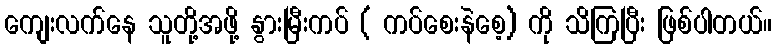
ကျေးလက်နေ သူတို့အဖို့ နွားမြီးကပ် ( ကပ်စေးနဲစေ့) ကို သိကြပြီး ဖြစ်ပါတယ်။